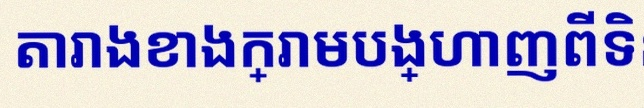
តារាងខាងក្រោមបង្ហាញពីទិន្នន័យ